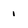
Character: 1